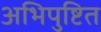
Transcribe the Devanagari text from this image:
अभिपुष्टित